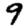
Digit: 9